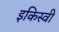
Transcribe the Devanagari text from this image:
इकिस्वी